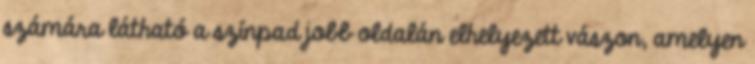
számára látható a színpad jobb oldalán elhelyezett vászon, amelyen